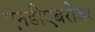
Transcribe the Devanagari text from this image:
एनडीएबरोबर